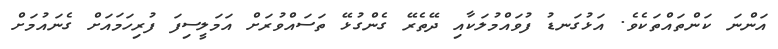
އަންނަ ކަންތައްތަކެވެ. އަޅުގަނޑު ފުވައްމުލަކާއި ދޭތެރޭ ގެންގުޅޭ ތަސައްވުރަށް އަމަލީސިފަ ފުރިހަމައަށް ގެނައުމަށް